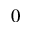
0